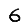
Digit: 6